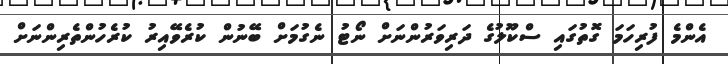
އެންމެ ފުރިހަމަ ގޮތުގައި ސްކޫލުގެ ދަރިވަރުންނަށް ނޯޓު ނެގުމަށް ބޭނުން ކުރެވޭއިރު ކުރެހުންތެރިންނަށް